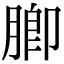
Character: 䐚